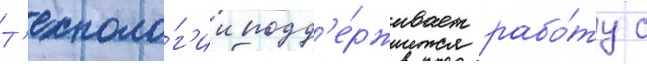
Т'ехноло́г'ии подд'е́рживает рабо́ту с